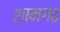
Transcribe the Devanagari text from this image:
शामगढ